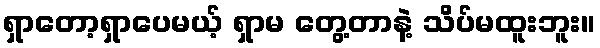
ရှာတော့ရှာပေမယ့် ရှာမ တွေ့တာနဲ့ သိပ်မထူးဘူး။